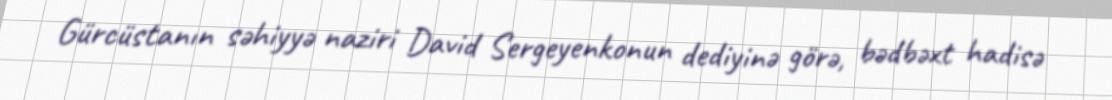
Gürcüstanın səhiyyə naziri David Sergeyenkonun dediyinə görə, bədbəxt hadisə